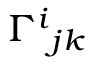
\Gamma ^ { i } { } _ { j k }